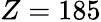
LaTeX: Z=185